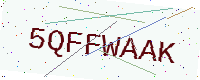
Text: 5QFFWAAK